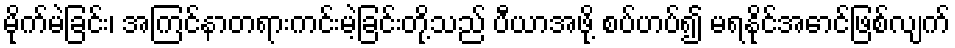
မိုက်မဲခြင်း၊ အကြင်နာတရားကင်းမဲ့ခြင်းတို့သည် ပီယာအဖို့ စပ်ဟပ်၍ မရနိုင်အောင်ဖြစ်လျက်